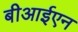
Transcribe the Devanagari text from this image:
बीआईएन